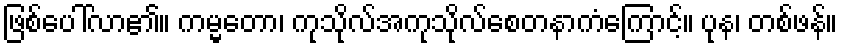
ဖြစ်ပေါ်လာ၏။ ကမ္မတော၊ ကုသိုလ်အကုသိုလ်စေတနာကံကြောင့်။ ပုန၊ တစ်ဖန်။